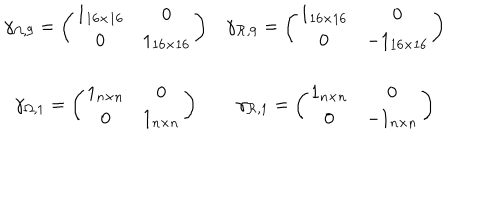
\begin{array} { c c } { { \gamma _ { \Omega , 9 } = \left( \begin{array} { c c } { { 1 _ { 1 6 \times 1 6 } } } & { { 0 } } \\ { { 0 } } & { { 1 _ { 1 6 \times 1 6 } } } \\ \end{array} \right) } } & { { \gamma _ { { \cal R } , 9 } = \left( \begin{array} { c c } { { 1 _ { 1 6 \times 1 6 } } } & { { 0 } } \\ { { 0 } } & { { - 1 _ { 1 6 \times 1 6 } } } \\ \end{array} \right) } } \\ { { { } } } & { { { } } } \\ { { \gamma _ { \Omega , 1 } = \left( \begin{array} { c c } { { 1 _ { n \times n } } } & { { 0 } } \\ { { 0 } } & { { 1 _ { n \times n } } } \\ \end{array} \right) } } & { { \gamma _ { { \cal R } , 1 } = \left( \begin{array} { c c } { { 1 _ { n \times n } } } & { { 0 } } \\ { { 0 } } & { { - 1 _ { n \times n } } } \\ \end{array} \right) } } \\ \end{array}